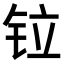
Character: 𫟷